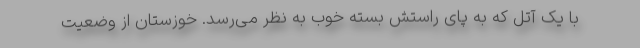
با یک آتل که به پای راستش بسته خوب به نظر می‌رسد. خوزستان از وضعیت